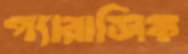
প্যারাসিক